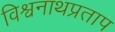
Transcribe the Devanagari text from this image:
विश्वनाथप्रताप